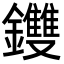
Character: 𨰚